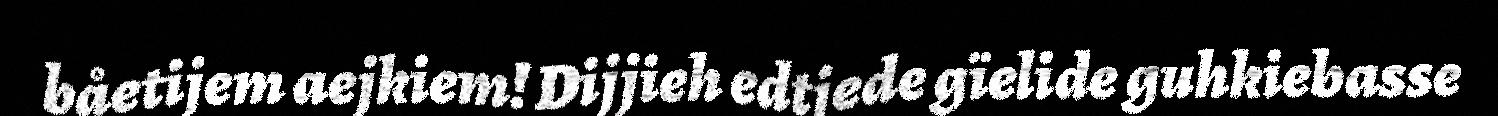
båetijem aejkiem! Dijjieh edtjede gïelide guhkiebasse